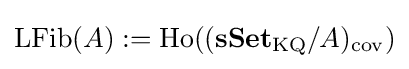
\operatorname {LFib} (A):=\operatorname {Ho} ((\mathbf {sSet} _{\mathrm {KQ} }/A)_{\mathrm {cov} })